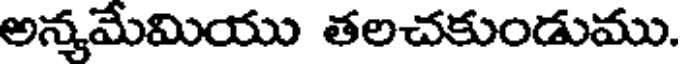
అన్మమేమియు తలచకుండుము.